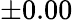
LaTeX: \pm 0.00